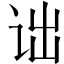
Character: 诎